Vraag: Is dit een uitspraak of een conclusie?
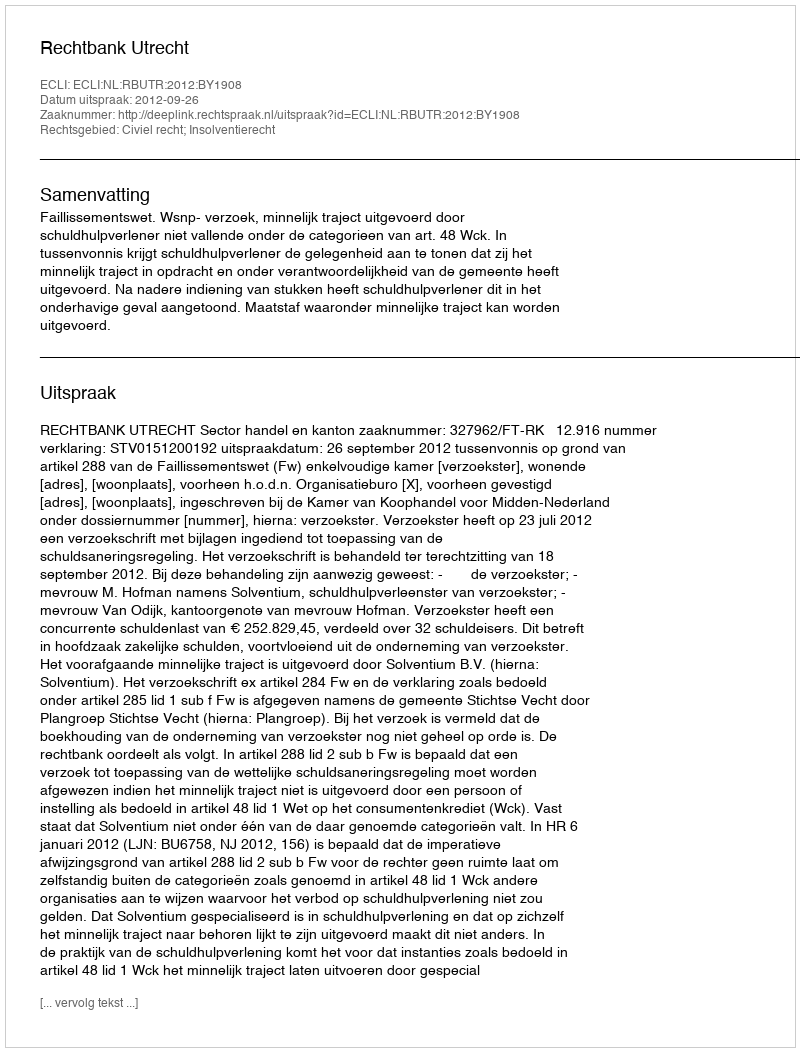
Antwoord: Uitspraak